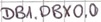
Text: DB1.DBX0.0